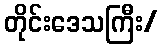
တိုင်းဒေသကြီး/